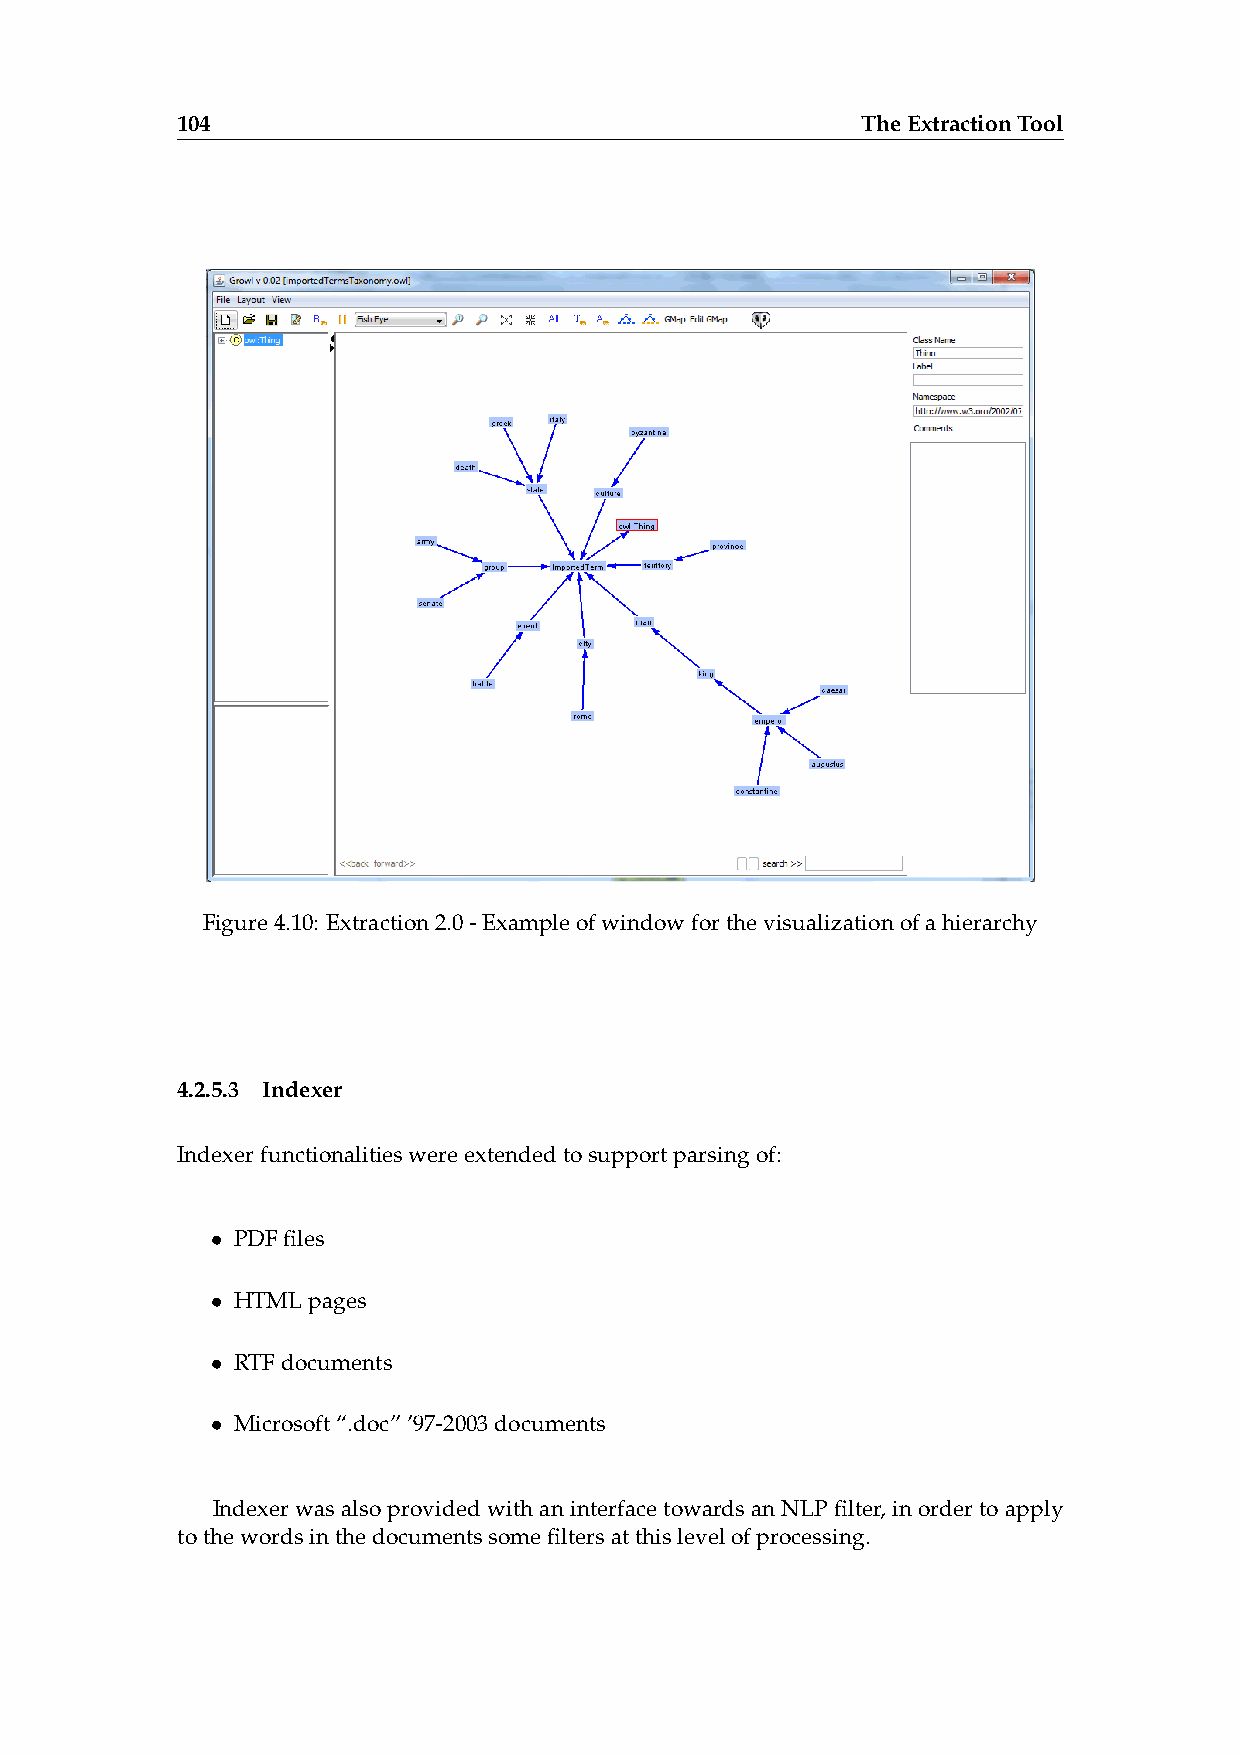
104                                          TheExtractionTool
 Figure4.10: Extraction2.0-Exampleofwindowforthevisualizationofahierarchy
 4.2.5.3 Indexer
 Indexerfunctionalitieswereextendedtosupportparsingof:
 • PDFfiles
 • HTMLpages
 • RTFdocuments
 • Microsoft“.doc”’97-2003documents
 IndexerwasalsoprovidedwithaninterfacetowardsanNLPfilter,inordertoapply
 tothewordsinthedocumentssomefiltersatthislevelofprocessing.